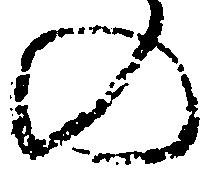
の